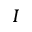
I